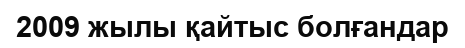
2009 жылы қайтыс болғандар